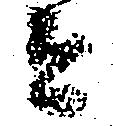
者